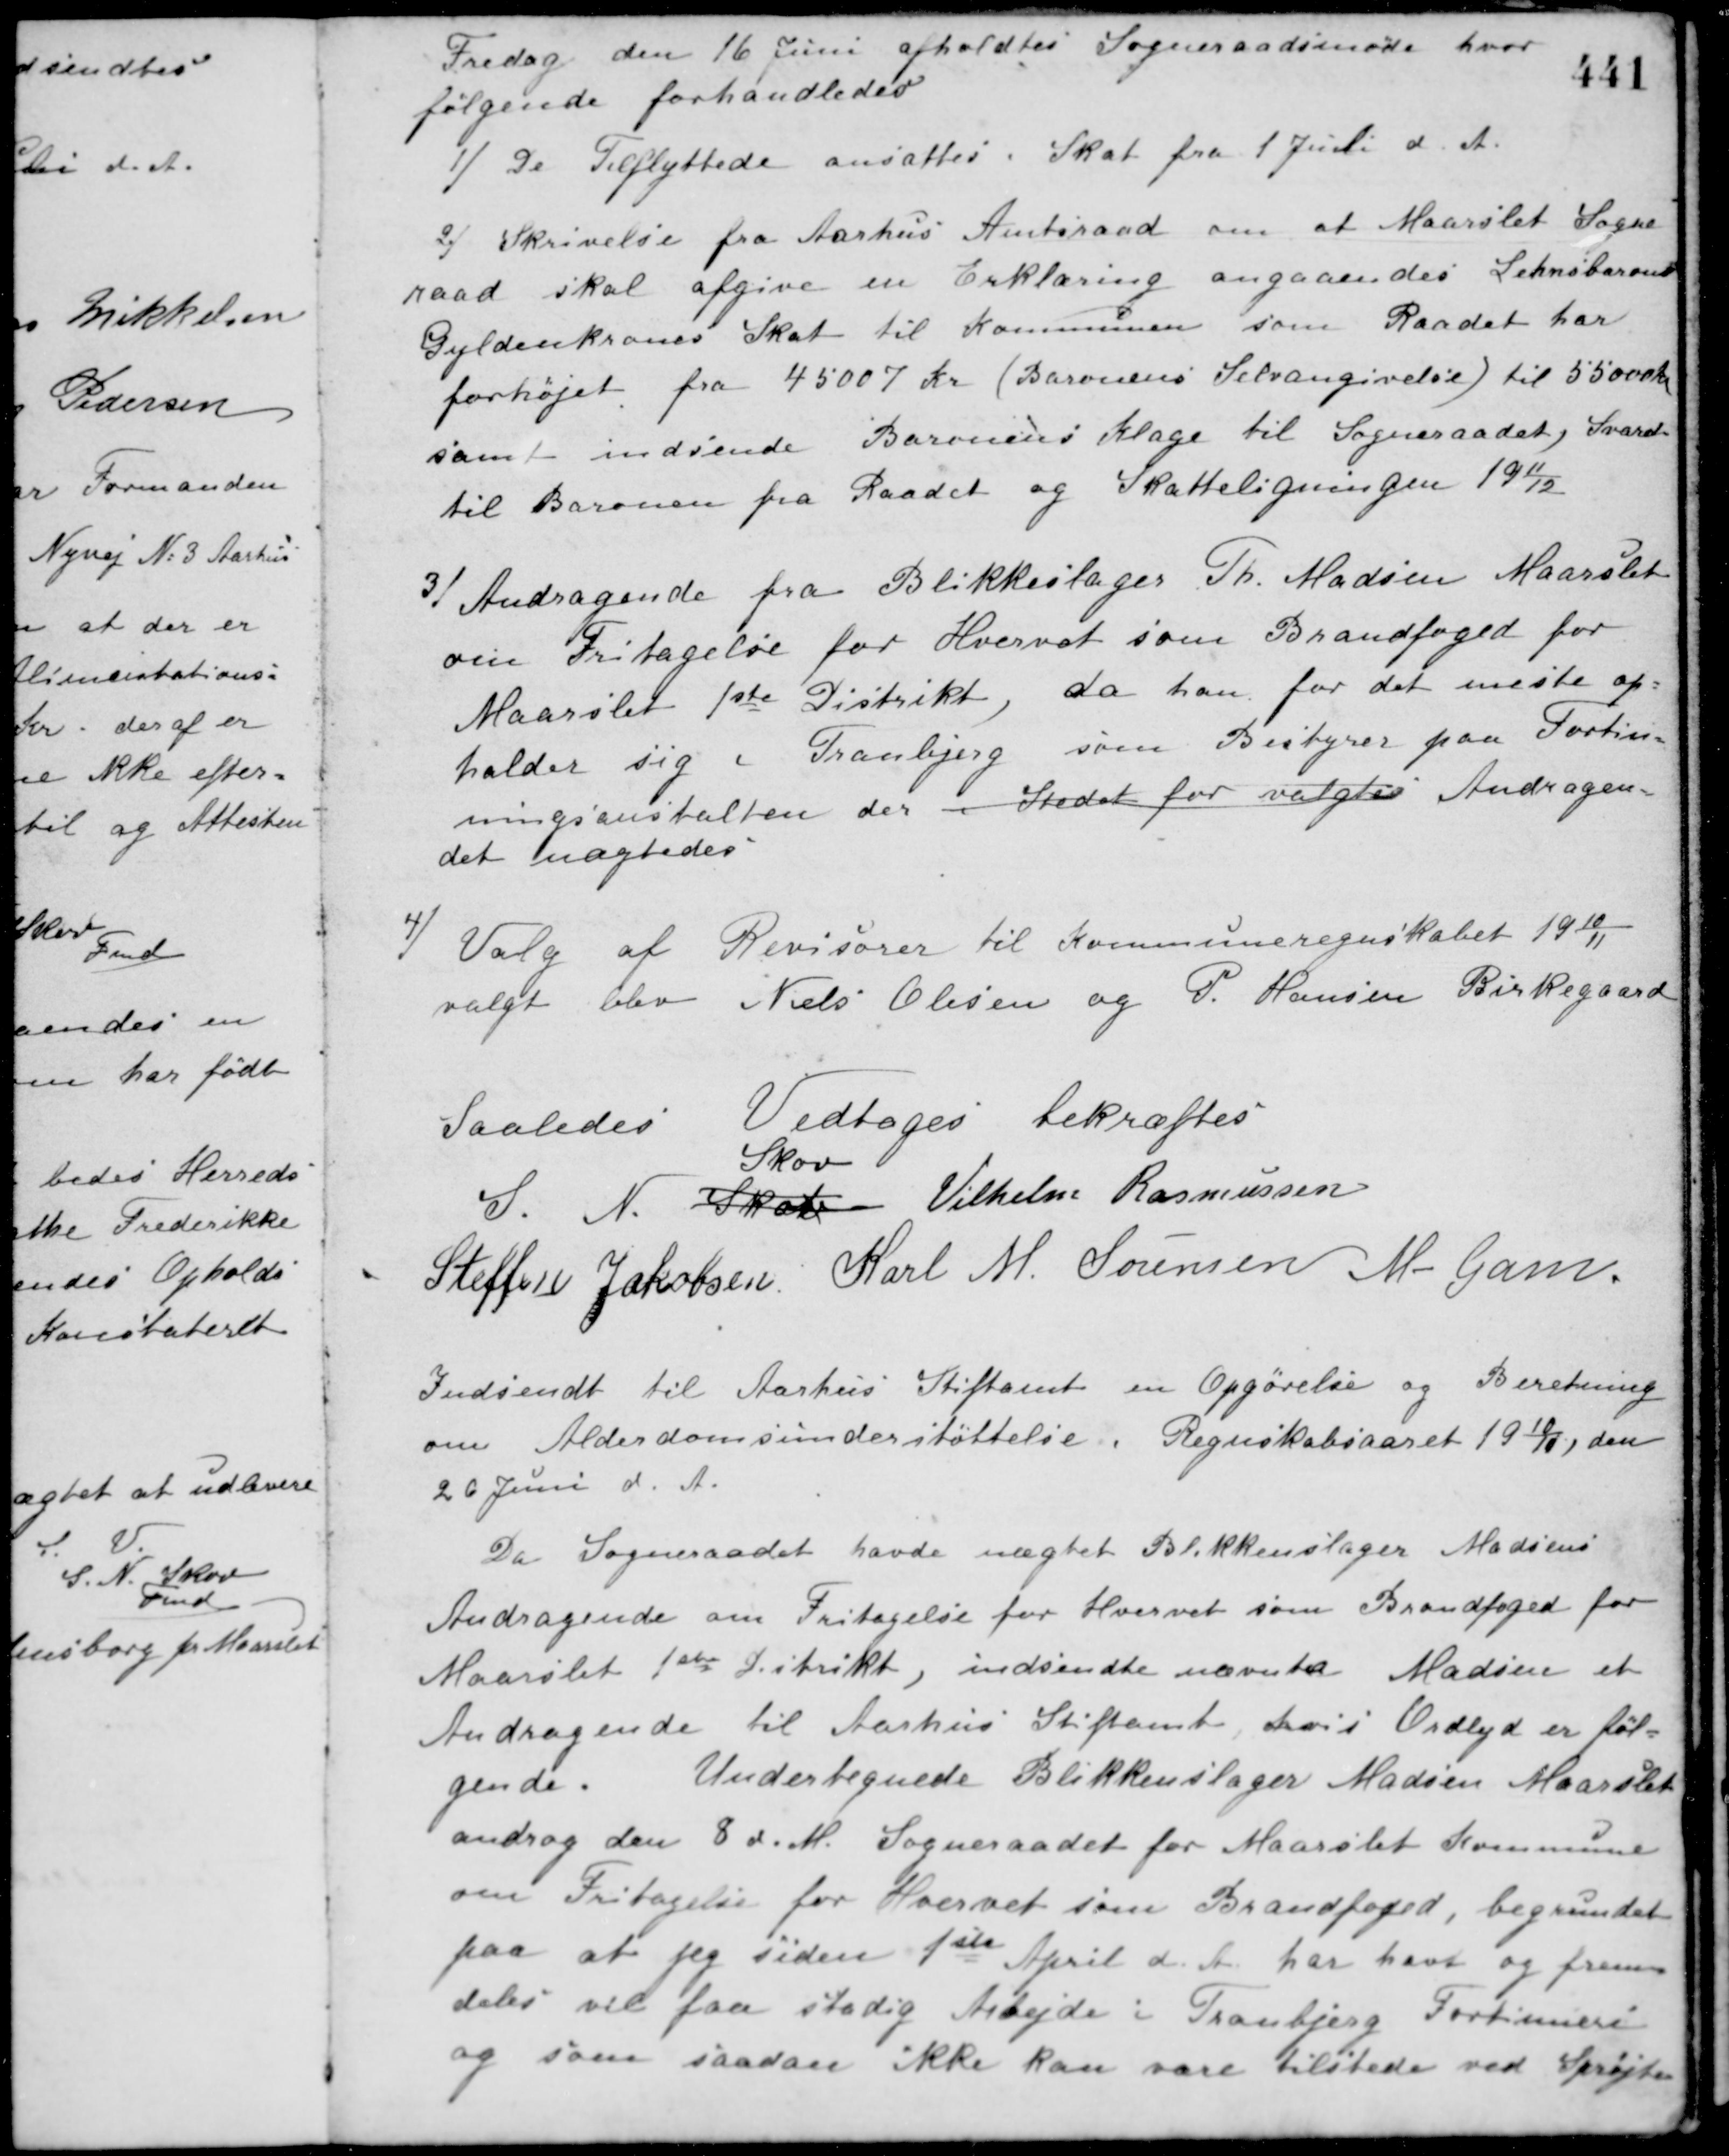
Transskription:
Fredag den 16 Juni afholdtes Sogneraadsmøde hvor
følgende forhandledes
1/ De Tilflyttede ansattes i Skat fra 1 Juli d. A.
2/ Skrivelse fra Aarhus Amtsraad om at Maarslet Sogne-
raad skal afgive en Erklæring angaaendes Lehnsbaron
Gyldenkrones Skat til Kommunen som Raadet har
forhøjet fra 45007 Kr. (Baronens Selvangivelse) til 55000 Kr.
samt indsende Baronens Klage til Sogneraadet, Svaret
til Baronen fra Raadet og Skatteligningen 1911/12.
3/ Andragende fra Blikkeslager Th. Madsen Maarslet
om Fritagelse for Hvervet som Brandfoged for
Maarslet 1ste Distrikt, da han for det meste op-
holder sig i Tranbjerg som Bestyrer paa Fortin-
ningsanstalten der i Stedet for valgtes Andragen-
det nægtedes.
4/ Valg af Revisorer til Kommuneregnskabet 1910/11
valgt blev Niels Olesen og P. Hansen Birkegaard
Saaledes Vedtoges bekræftes
S. N. Skat
Skov
Vilhelm Rasmussen
Steffen Jakobsen Karl M. Sørensen M. Gam
Indsendt til Aarhus Stiftamt en Opgørelse og Beretning
om Alderdomsunderstøttelse i Regnskabsaaret 1910/11, den
20 Juni d. A.
Da Sogneraadet havde nægtet Blikkenslager Madsens
Andragende om Fritagelse for Hvervet som Brandfoged for
Maarslet 1ste Distrikt, indsendte nævnte Madsen et
Andragende til Aarhus Stiftamt, hvis Ordlyd er føl-
gende. Undertegnede Blikkenslager Madsen Maarslet
androg den 8 d. M. Sogneraadet for Maarslet Kommune
om Fritagelse for Hvervet som Brandfoged, begrundet
paa at jeg siden 1ste April d. A. har havt og frem-
deles vil faa stadig Arbejde i Tranbjerg Fortieneri
og som saadan ikke kan være tilstede ved Sprøjte-